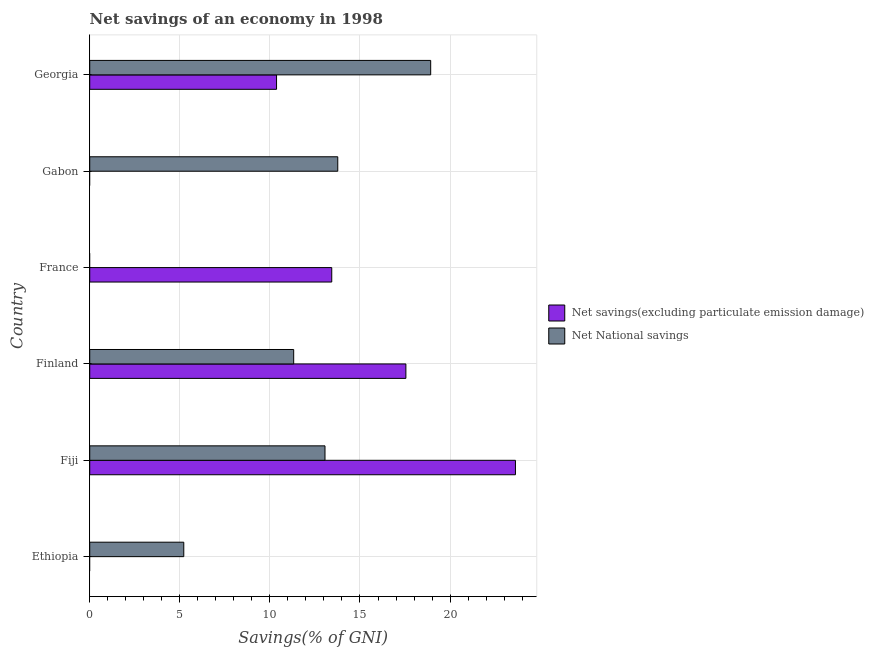
| Country | Net savings(excluding particulate emission damage) | Net National savings |
 | --- | --- | --- |
 | Ethiopia | -10.5 | 5.22 |
 | Fiji | 23.6 | 13.1 |
 | Finland | 17.5 | 11.3 |
 | France | 13.4 | -3.03 |
 | Gabon | -4.82 | 13.8 |
 | Georgia | 10.4 | 18.9 |